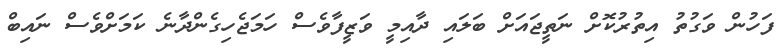
ފަހުން ވަގުތު އިތުރުކޮށް ނަތީޖައަށް ބަލައި ދާއިމީ ވަޒީފާވެސް ހަމަޖެހިގެންދާނެ ކަމަށްވެސް ނައިބް